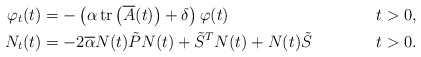
\begin{align*} \varphi_t(t)&=-\left(\alpha\,\mathrm{tr}\left(\overline{A}(t)\right)+\delta\right)\varphi(t) &&t>0, \\ N_t(t)&=-2\overline{\alpha}N(t)\tilde{P}N(t)+\tilde{S}^TN(t)+N(t)\tilde{S} &&t>0. \end{align*}